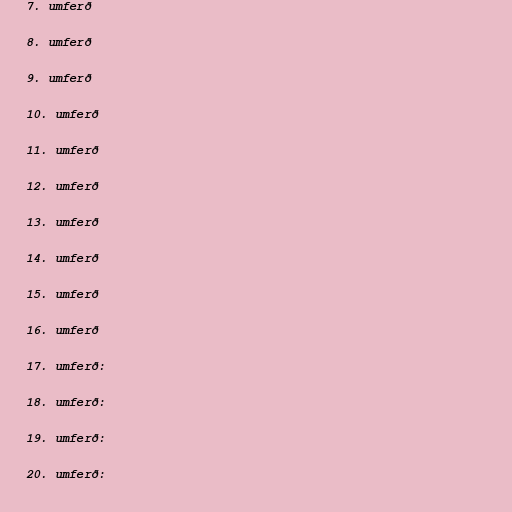
7. umferð

8. umferð

9. umferð

10. umferð

11. umferð

12. umferð

13. umferð

14. umferð

15. umferð

16. umferð

17. umferð:

18. umferð:

19. umferð:

20. umferð: